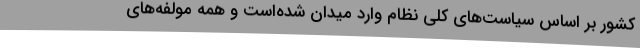
کشور بر اساس سیاست‌های کلی نظام وارد میدان شده‌است و همهٔ مولفه‌های